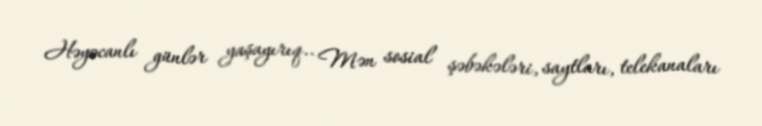
Həyəcanlı günlər yaşayırıq.. Mən sosial şəbəkələri, saytları, telekanaları